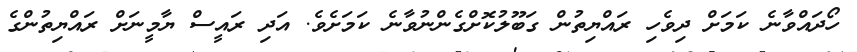
ހޯދައްވާނެ ކަމަށް ދިވެހި ރައްޔިތުން ގަބޫލުކޮށްގެންނުވާނެ ކަމަށެވެ. އަދި ރައީސް ޔާމީނަށް ރައްޔިތުންގެ